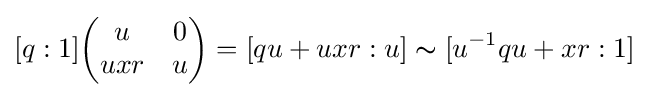
[q:1]{\begin{pmatrix}u&0\\uxr&u\end{pmatrix}}=[qu+uxr:u]\thicksim [u^{-1}qu+xr:1]